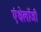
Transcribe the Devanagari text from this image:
एंथेलॉजी